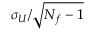
\sigma _ { U } / \sqrt { N _ { f } - 1 }